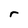
Character: r